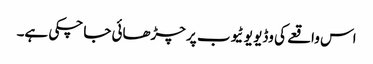
اس واقعے کی وڈیو یو ٹیوب پر چڑھائی جا چکی ہے۔